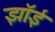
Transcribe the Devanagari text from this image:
झॉई